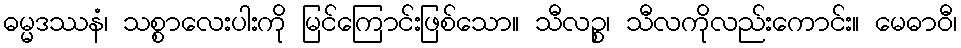
ဓမ္မဒဿနံ၊ သစ္စာလေးပါးကို မြင်ကြောင်းဖြစ်သော။ သီလဉ္စ၊ သီလကိုလည်းကောင်း။ မေဓာဝီ၊